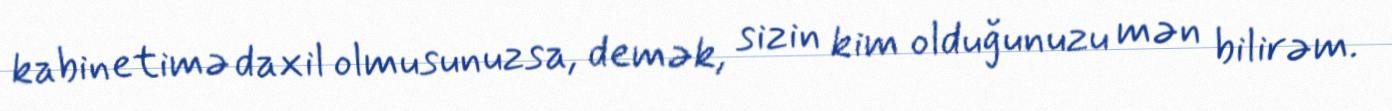
kabinetimə daxil olmusunuzsa, demək, sizin kim olduğunuzu mən bilirəm.